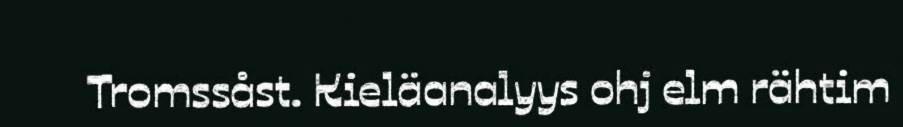
Tromssåst. Kieläanalyys ohj elm rähtim